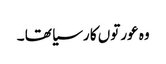
وہ عورتوں کا رسیا تھا ۔